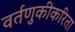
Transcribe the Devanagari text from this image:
वर्तणुकीकरिता